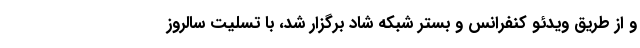
و از طریق ویدئو کنفرانس و بستر شبکه شاد برگزار شد، با تسلیت سالروز